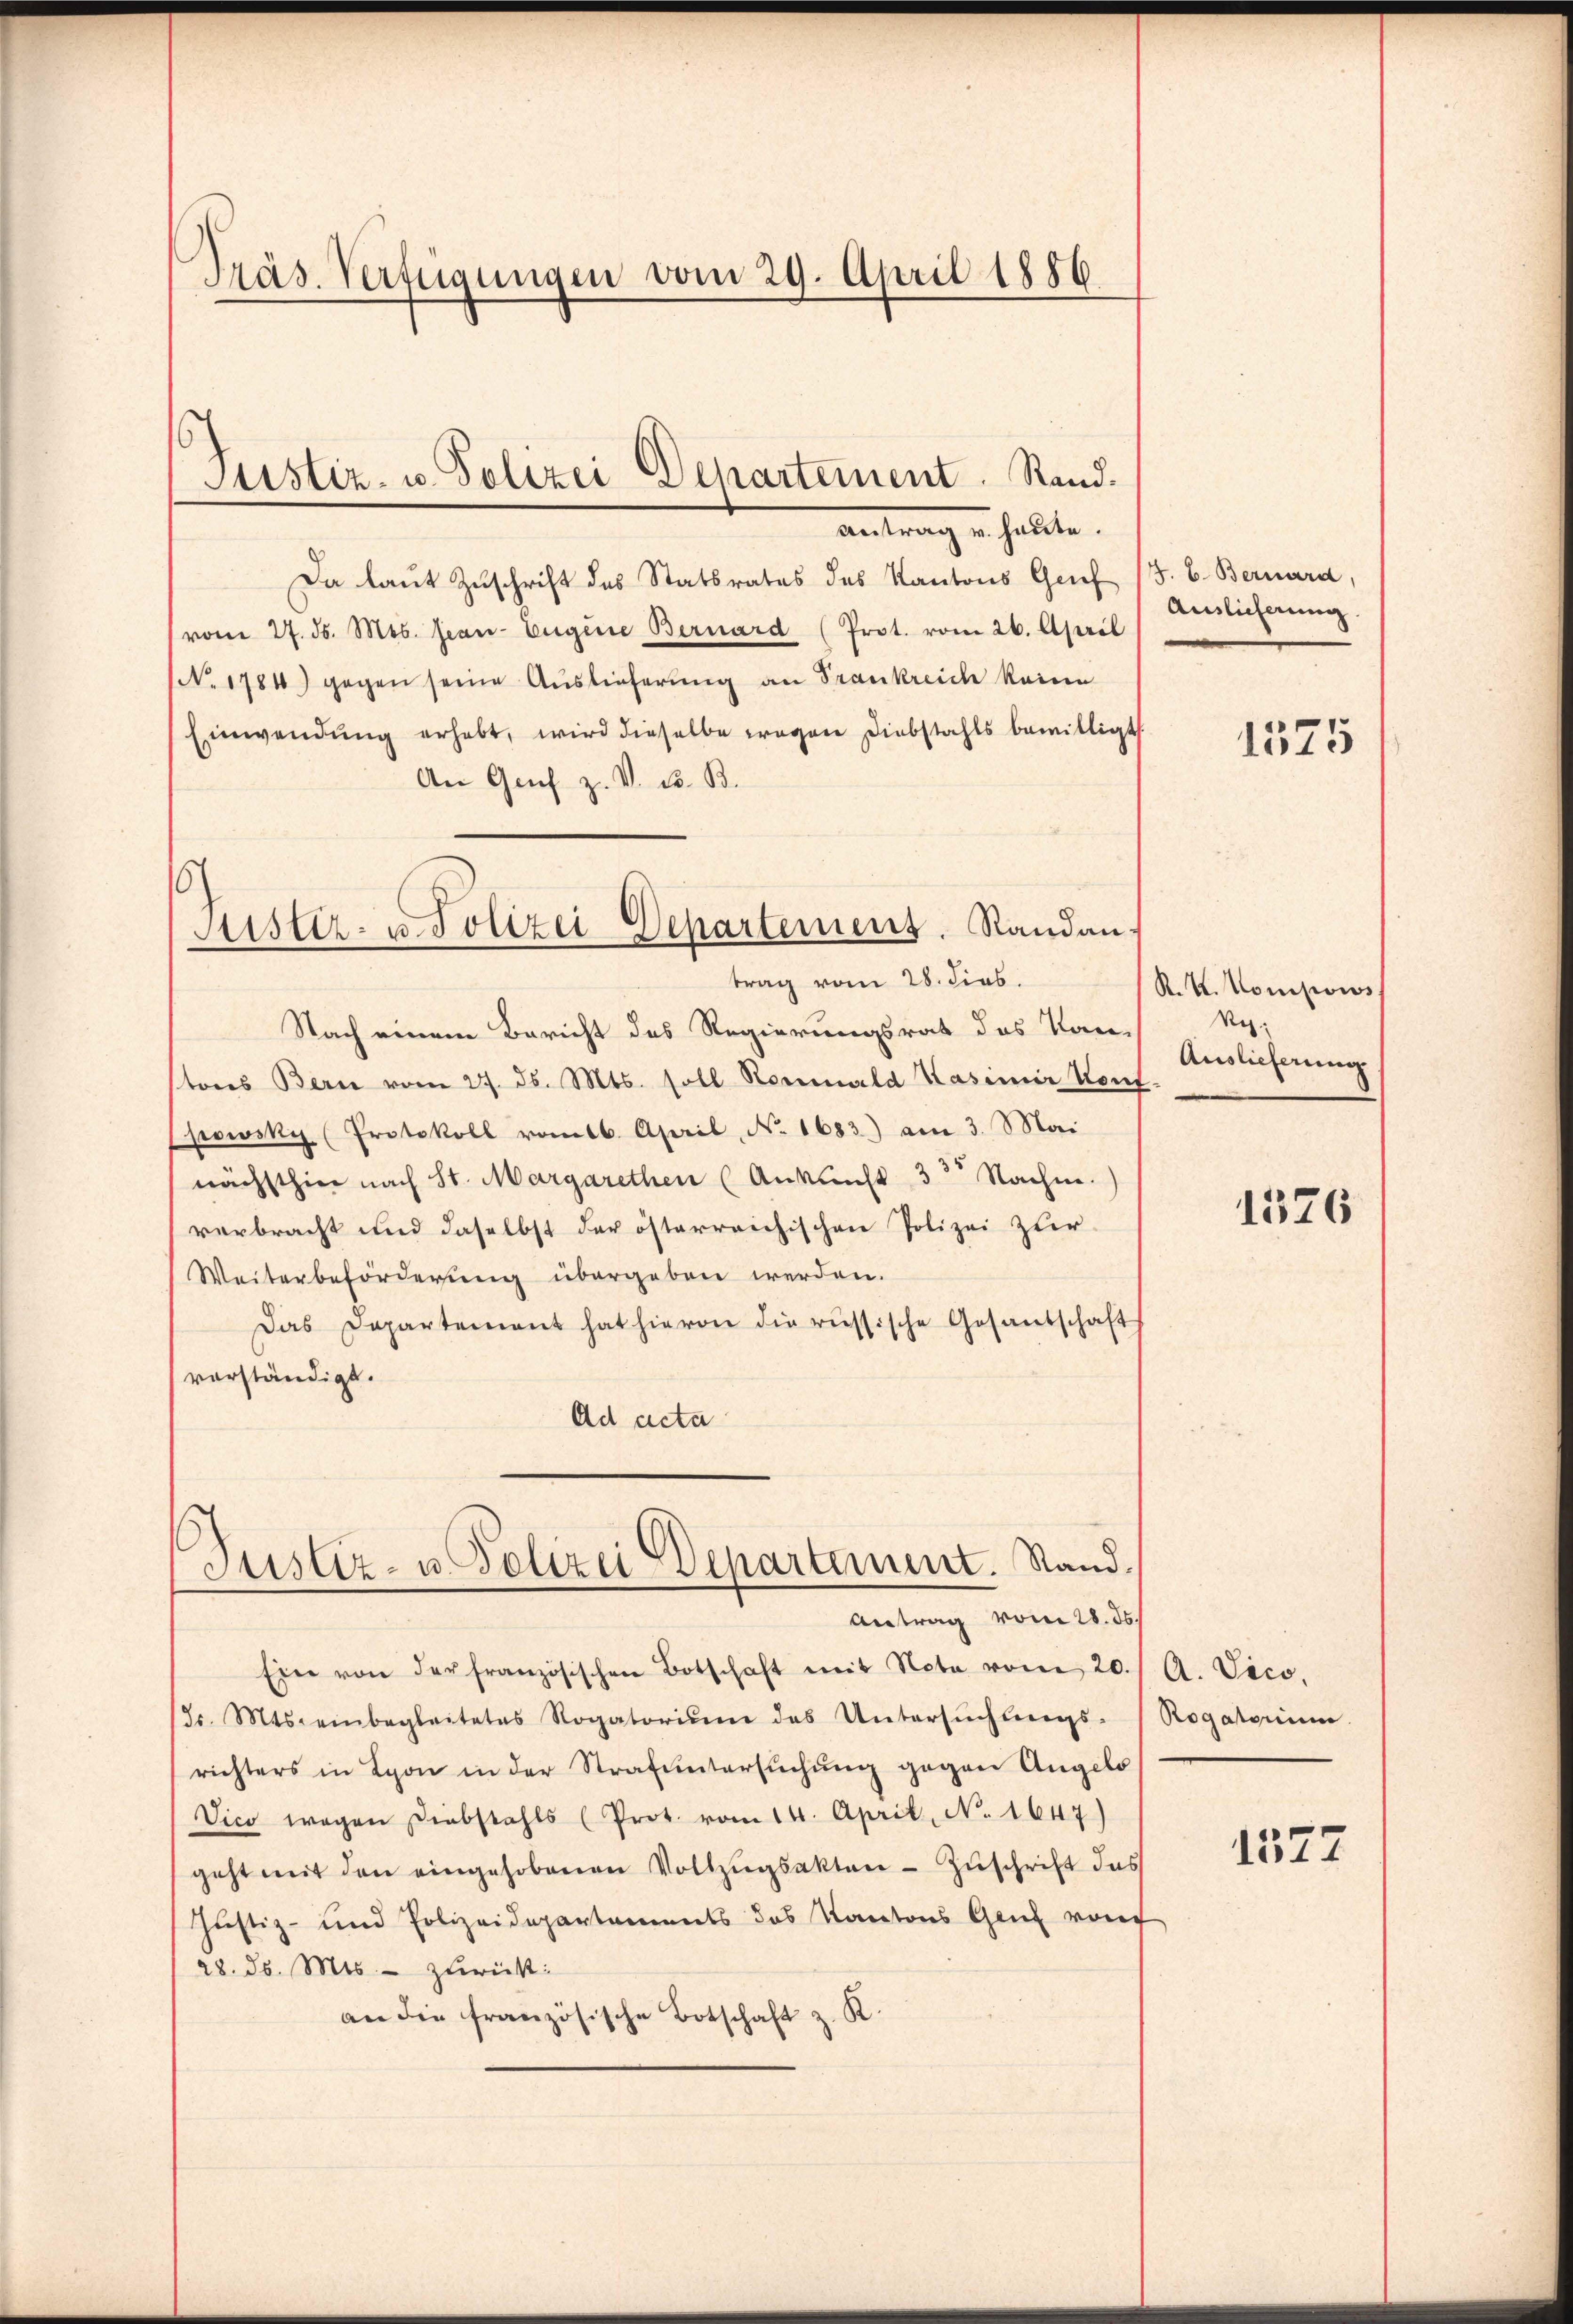
Präs. Verfügungen vom 29. April 1886

Justiz- u. Polizei Departement. Rand.
antrag in halte.

Da laut Zuschrift des Statsrates des Kantons Geif
vom 27. ds. Mts. Jean Eugene Bernard (Prot. vom 26. April
(No. 1784) gegen seine Auslieferung an Frankreich keine
Einwendung erhebt, wird dieselbe wegen Diebstahls bewilligt.
An Genf z. V. C. B.
Nach einem Bericht des Regierungsrat des Kan-
tons Bern vom 27. ds. Mts. soll Rominald Kasimir Kouf-
powsky (Protokoll vom 6. April, No. 1683) am 3. Mai
nächsthier nach St. Margarethen (Ankunft 32 Nachne.)
verbracht und daselbst der österreichischen Polizei zur
Weiterbeförderung übergeben werden.
Das Departement hat hievon die russische Gesantschaft
vorständigt.
Ad acta

16
Aister- u. Polizei Departement. Randantrag vom 28. dies

Justiz- u. Polizei Departement. Stand.
Antrag vom 28. ds.

Ein von der französischen Botschaft mit Note vom 20./ A. Vico,
Jr. Mts. einbegleitetes Rogatoriŭm des Untersŭchŭngs-Rogatorium.
richters in Lyon in der Strafuntersuchung gegen Angelo
Vico wegen Diebstahls (Prot. vom 14. April, N. 1647)
geht mit den eingehobenen Vollzŭgsakten - Zuschrift das
Justiz- und Polizeidepartements das Kantons Genf von
28. ds. Mts. - zurück:
an die französische Botschaft z. K.

4. B. Bernard
Auslieferung.
1575

K. K. Komisions
Rez:
Auslieferung

1326

1572